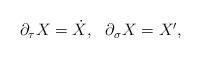
LaTeX: \begin{align*}\begin{array}{cc}\partial _\tau X=\dot X, & \partial _\sigma X=X^{\prime },\end{array}\end{align*}